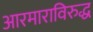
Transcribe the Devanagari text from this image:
आरमाराविरुद्ध